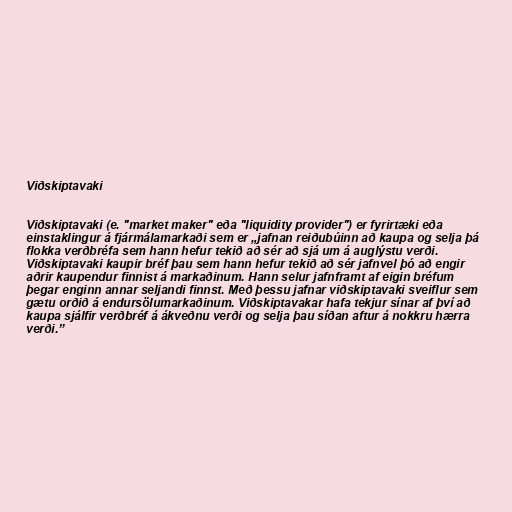
Viðskiptavaki

Viðskiptavaki (e. "market maker" eða "liquidity provider") er fyrirtæki eða
einstaklingur á fjármálamarkaði sem er „jafnan reiðubúinn að kaupa og selja þá
flokka verðbréfa sem hann hefur tekið að sér að sjá um á auglýstu verði.
Viðskiptavaki kaupir bréf þau sem hann hefur tekið að sér jafnvel þó að engir
aðrir kaupendur finnist á markaðinum. Hann selur jafnframt af eigin bréfum
þegar enginn annar seljandi finnst. Með þessu jafnar viðskiptavaki sveiflur sem
gætu orðið á endursölumarkaðinum. Viðskiptavakar hafa tekjur sínar af því að
kaupa sjálfir verðbréf á ákveðnu verði og selja þau síðan aftur á nokkru hærra
verði.”